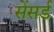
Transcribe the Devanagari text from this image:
सेंसर्ड